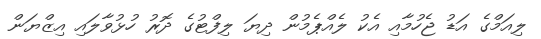
ލިއަމްގެ އަޑު ޖެހުމާއި އެކު ލެއްޕެމުން ދިޔަ ލިފްޓުގެ ދޮރު ހުޅުވާލައި އިޒްޔަން